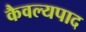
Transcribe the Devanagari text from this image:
कैवल्यपाद